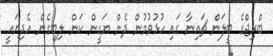
ބްރިޖްގެ ބީލަން ޗައިނާ ގައި ހުޅުވުމުން ދެން ޔަގީން ކަން ލިބިގެން އެދިޔައީ